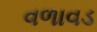
વળાવડ